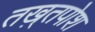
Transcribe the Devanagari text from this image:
तख़्तपोश